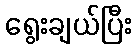
ရွေးချယ်ပြီး